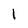
Character: 1